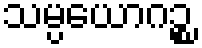
သမ္ပယောဂဉ္စ